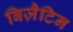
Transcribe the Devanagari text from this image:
बिज़ैटिन